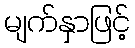
မျက်နှာဖြင့်